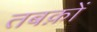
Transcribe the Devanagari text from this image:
तबक़ों